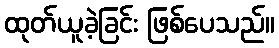
ထုတ်ယူခဲ့ခြင်း ဖြစ်ပေသည်။